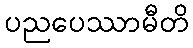
ပညပေဿာမီတိ